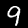
Label: 9